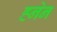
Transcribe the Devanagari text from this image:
ह्नेन